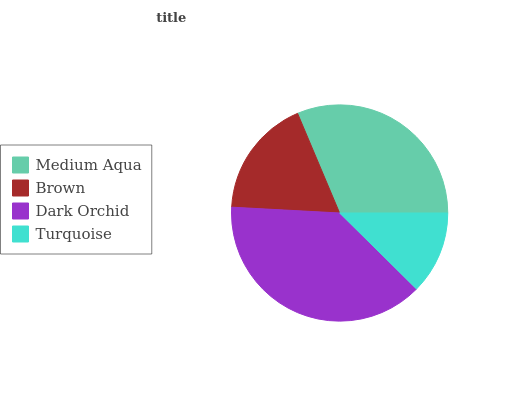
| Medium Aqua | Brown | Dark Orchid | Turquoise |
 | --- | --- | --- | --- |
 | 31.3% | 17.8% | 38.5% | 12.4% |